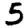
Digit: 5